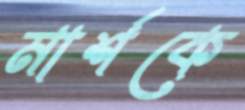
মার্শকে